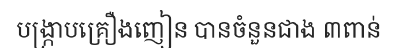
បង្ក្រាបគ្រឿងញៀន បានចំនួនជាង ៣ពាន់